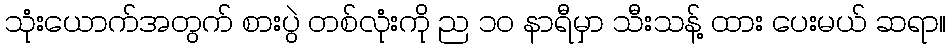
သုံးယောက်အတွက် စားပွဲ တစ်လုံးကို ည ၁၀ နာရီမှာ သီးသန့် ထား ပေးမယ် ဆရာ။